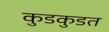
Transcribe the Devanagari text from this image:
कुडकुडत